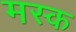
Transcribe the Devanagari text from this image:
मस्‍क